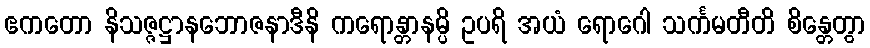
ဧကတော နိသဇ္ဇဋ္ဌာနဘောဇနာဒီနိ ကရောန္တာနမ္ပိ ဥပရိ အယံ ရောဂေါ သင်္ကမတီတိ စိန္တေတွာ